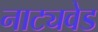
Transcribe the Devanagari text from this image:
नाट्यवेड